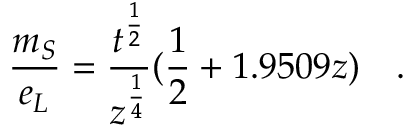
\frac { m _ { S } } { e _ { L } } = \frac { t ^ { \frac { 1 } { 2 } } } { z ^ { \frac { 1 } { 4 } } } ( \frac { 1 } { 2 } + 1 . 9 5 0 9 z ) \quad .